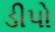
ડીપો